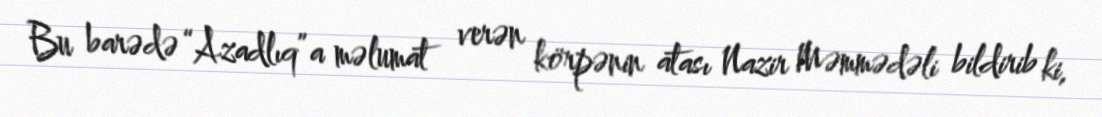
Bu barədə “Azadlıq”a məlumat verən körpənin atası Nazir Məmmədəli bildirib ki,